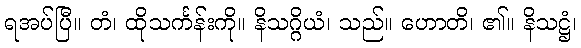
ရအပ်ပြီ။ တံ၊ ထိုသင်္ကန်းကို။ နိသဂ္ဂိယံ၊ သည်။ ဟောတိ၊ ၏။ နိသဋ္ဌံ၊